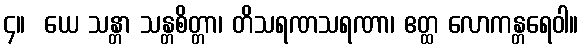
၄။  ယေ သန္တာ သန္တစိတ္တာ၊ တိသရဏသရဏာ၊ ဧတ္ထ လောကန္တရေဝါ။